Vaccine operations Central Provinces 1868-1885 - 1868-1885
Year: 1868
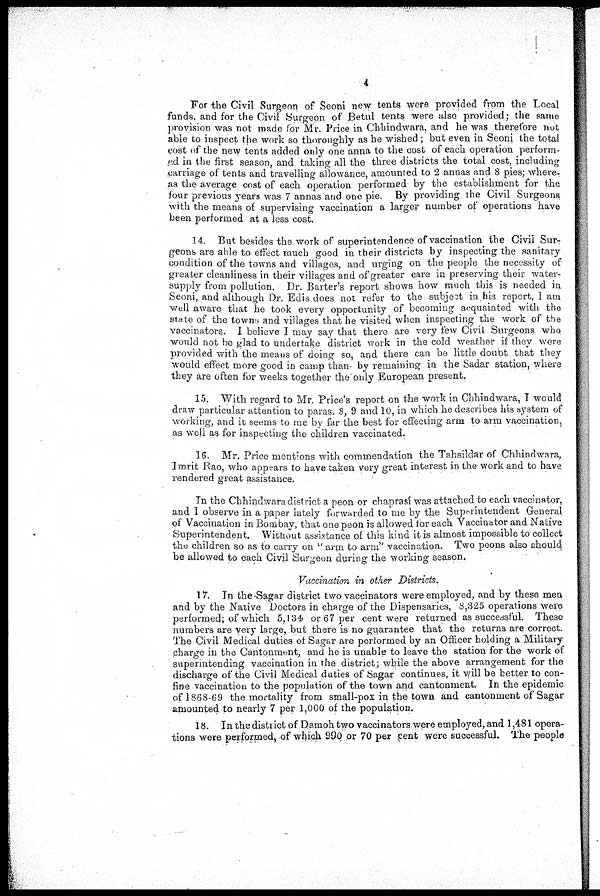
4
For the Civil Surgeon of Seoni new tents were provided from the Local
funds, and for the Civil Surgeon of Betul tents were also provided; the same
provision was not made for Mr. Price in Chhindwara, and he was therefore not
able to inspect the work so thoroughly as he wished; but even in Seoni the total
cost of the new tents added only one anna to the cost of each operation perform-
ed in the first season, and taking all the three districts the total cost, including
carriage of tents and travelling allowance, amounted to 2 annas and 8 pies; where-
as the average cost of each operation performed by the establishment for the
four previous years was 7 annas and one pie. By providing the Civil Surgeons
with the means of supervising vaccination a larger number of operations have
been performed at a less cost.
14. But besides the work of superintendence of vaccination the Civil Sur-
geons are able to effect much good in their districts by inspecting the sanitary
condition of the towns and villages, and urging on the people the necessity of
greater cleanliness in their villages and of greater care in preserving their water-
supply from pollution. Dr. Barter's report shows how much this is needed in
Seoni, and although Dr. Edis does not refer to the subject in his report, I am
well aware that he took every opportunity of becoming acquainted with the
state of the towns and villages that he visited when inspecting the work of the
vaccinators. I believe I may say that there are very few Civil Surgeons who
would not be glad to undertake district work in the cold weather if they were
provided with the means of doing so, and there can be little doubt that they
would effect more good in camp than by remaining in the Sadar station, where
they are often for weeks together the only European present.
15. With regard to Mr. Price's report on the work in Chhindwara, I would
draw particular attention to paras. 8, 9 and 10, in which he describes his system of
working, and it seems to me by far the best for effecting arm to arm vaccination,
as well as for inspecting the children vaccinated.
16. Mr. Price mentions with commendation the Tahsildar of Chhindwara,
Imrit Rao, who appears to have taken very great interest in the work and to have
rendered great assistance.
In the Chhindwara district a peon or chaprasi was attached to each vaccinator,
and I observe in a paper lately forwarded to me by the Superintendent General
of Vaccination in Bombay, that one peon is allowed for each Vaccinator and Native
Superintendent. Without assistance of this kind it is almost impossible to collect
the children so as to carry on " arm to arm" vaccination. Two peons also should
be allowed to each Civil Surgeon during the working season.
Vaccination in other Districts.
17. In the Sagar district two vaccinators were employed, and by these men
and by the Native Doctors in charge of the Dispensaries, 8,325 operations were
performed; of which 5,134 or 67 per cent were returned as successful. These
numbers are very large, but there is no guarantee that the returns are correct.
The Civil Medical duties of Sagar are performed by an Officer holding a Military
charge in the Cantonment, and he is unable to leave the station for the work of
superintending vaccination in the district; while the above arrangement for the
discharge of the Civil Medical duties of Sagar continues, it will be better to con-
fine vaccination to the population of the town and cantonment. In the epidemic
of 1868-69 the mortality from small-pox in the town and cantonment of Sagar
amounted to nearly 7 per 1,000 of the population.
18. In the district of Damoh two vaccinators were employed, and 1,481 opera-
tions were performed, of which 990 or 70 per cent were successful. The people